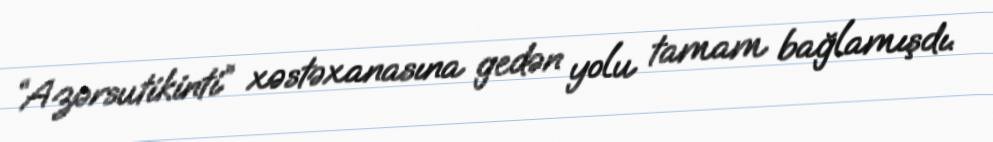
“Azərsutikinti” xəstəxanasına gedən yolu tamam bağlamışdı.